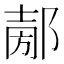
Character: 𨜤